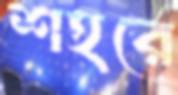
শহরে